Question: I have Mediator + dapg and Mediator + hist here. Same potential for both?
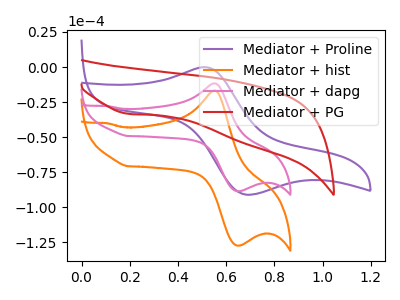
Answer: <think>The purple curve "Mediator + Proline" has an anodic peak at (0.50V, -0.10uA) and a cathodic peak at (0.70V, -91.00uA). The orange curve "Mediator + hist" has an anodic peak at (0.55V, -16.70uA) and a cathodic peak at (0.65V, -127.25uA). The pink curve "Mediator + dapg" has an anodic peak at (0.55V, -11.65uA) and a cathodic peak at (0.65V, -88.50uA). The red curve "Mediator + PG" has a cathodic peak at: (0.20V, -33.45uA).
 All the peaks in "Mediator + dapg" have a peak in "Mediator + hist" at the same potential.</think>
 <answer>"Mediator + dapg" and "Mediator + hist" are similar in shape.</answer>
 <eval>same_shape</eval>